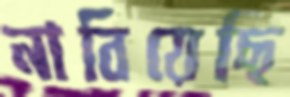
নাবিয়েছি